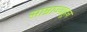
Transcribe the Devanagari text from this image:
साम्राज्याहून